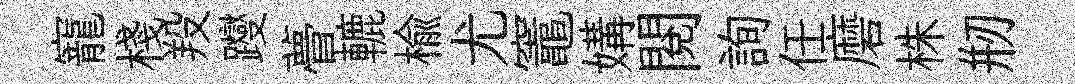
寵棧羖躞瞢轆楡尤竈媾閲詢任磨株剏